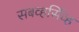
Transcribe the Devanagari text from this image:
सबव्हर्सिव्ह